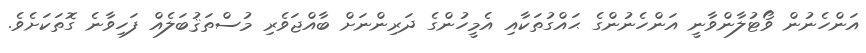
އަންހެނުން ވޯޓުލާންވާނީ އަންހެނުންގެ ޙައްގުތަކާއި އެމީހުންގެ ދަރިންނަށް ބާއްޖަވެރި މުސްތަޤުބަލެއް ފަހިވާނެ ގޮތަކަށެވެ.